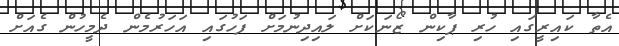
އެތާ ކައިރީގައި ހުރި ޕާކިން ޒޯނަކަށް ލައިދިނުމަށް ފަހުގައި އަހަރުމެން ދެމީހުން ގެއަށް